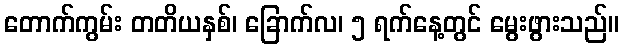
တောက်ကွမ်း တတိယနှစ်၊ ခြောက်လ၊ ၅ ရက်နေ့တွင် မွေးဖွားသည်။